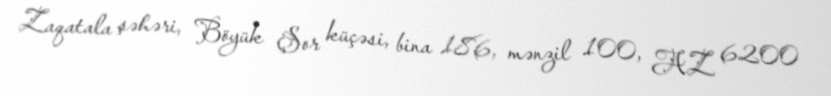
Zaqatala şəhəri, Böyük Şor küçəsi, bina 186, mənzil 100, AZ 6200